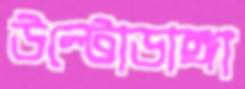
উল্টোডাঙ্গা